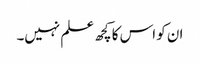
ان کو اس کا کچھ علم نہیں۔